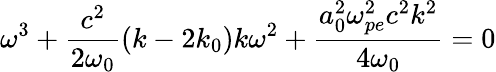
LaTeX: \omega^{3}+\frac{c^{2}}{2\omega_{0}}(k-2k_{0})k\omega^{2}+\frac{a_{0}^{2}\omega_{pe}^{2}c^{2}k^{2}}{4\omega_{0}}=0